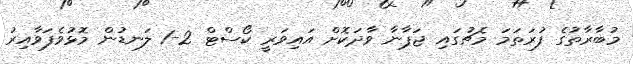
މުބާރާތުގެ ފުރަތަމަ މެޗުގައި ޖަޕާނާ ވާދަކޮށް އައިވަރީ ކޯސްޓް 2-1 ލަނޑުން މޮޅުވެފަވާއިރު